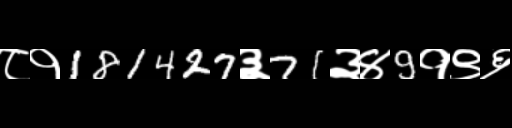
Text: ८१181427३71३४9१९६